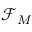
\mathcal { F } _ { M }